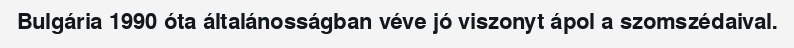
Bulgária 1990 óta általánosságban véve jó viszonyt ápol a szomszédaival.